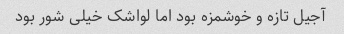
آجیل تازه و خوشمزه بود اما لواشک خیلی شور بود